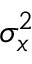
\sigma _ { x } ^ { 2 }